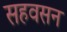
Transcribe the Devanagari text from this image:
सहवसन